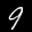
Label: 9